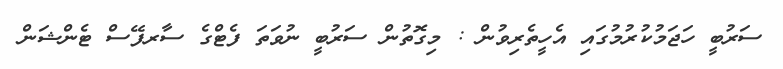
ސަރުބީ ހަޖަމުކުރުމުގައި އެހީތެރިވުން : މިގޮތުން ސަރުބީ ނުވަތަ ފެޓްގެ ސާރފޭސް ޓެންޝަން